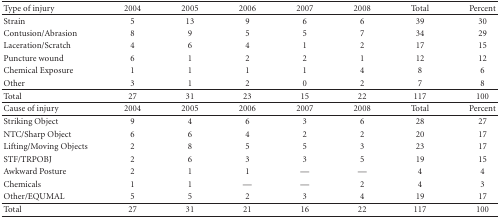
| Type of injury | 2004 | 2005 | 2006 | 2007 | 2008 | Total | Percent |
 | --- | --- | --- | --- | --- | --- | --- | --- |
 | Strain | 5 | 13 | 9 | 6 | 6 | 39 | 30 |
 | Contusion/Abrasion | 8 | 9 | 5 | 5 | 7 | 34 | 29 |
 | Laceration/Scratch | 4 | 6 | 4 | 1 | 2 | 17 | 15 |
 | Puncture wound | 6 | 1 | 2 | 2 | 1 | 12 | 12 |
 | Chemical Exposure | 1 | 1 | 1 | 1 | 4 | 8 | 6 |
 | Other | 3 | 1 | 2 | 0 | 2 | 7 | 8 |
 | Total | 27 | 31 | 23 | 15 | 22 | 117 | 100 |
 | Cause of injury | 2004 | 2005 | 2006 | 2007 | 2008 | Total | Percent |
 | Striking Object | 9 | 4 | 6 | 3 | 6 | 28 | 27 |
 | NTC/Sharp Object | 6 | 6 | 4 | 2 | 2 | 20 | 17 |
 | Lifting/Moving Objects | 2 | 8 | 5 | 5 | 3 | 23 | 17 |
 | STF/TRPOBJ | 2 | 6 | 3 | 3 | 5 | 19 | 15 |
 | Awkward Posture | 2 | 1 | 1 | — | — | 4 | 4 |
 | Chemicals | 1 | 1 | — | — | 2 | 4 | 3 |
 | Other/EQUMAL | 5 | 5 | 2 | 3 | 4 | 19 | 17 |
 | Total | 27 | 31 | 21 | 16 | 22 | 117 | 100 |